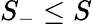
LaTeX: S_{-}\leq S